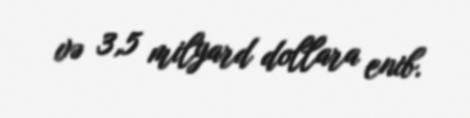
və 3,5 milyard dollara enib.